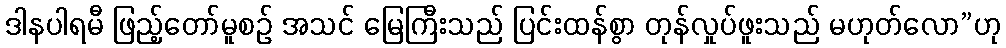
ဒါနပါရမီ ဖြည့်တော်မူစဉ် အသင် မြေကြီးသည် ပြင်းထန်စွာ တုန်လှုပ်ဖူးသည် မဟုတ်လော”ဟု